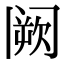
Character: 阙